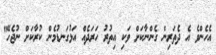
އެހެންވެ އެ ދެތަރިން ގެންނާކަށް ވަކި އިތުރު ހަރަދެއް އަޅުގަނޑުމެން ކުރާކަށް ނުޖެހޭ"